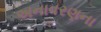
અનાવરણના